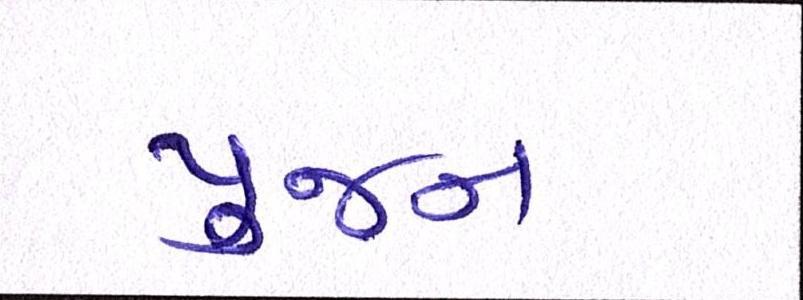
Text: પુજન